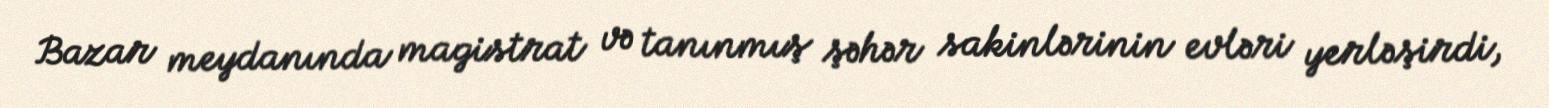
Bazar meydanında magistrat və tanınmış şəhər sakinlərinin evləri yerləşirdi,